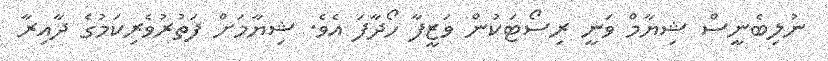
ނުލިބެނީސް ޝިޔާމް ވަނީ ރިސޯޓަކުން ވަޒީފާ ހޯދާފަ އެވެ. ޝިޔާމަށް ފަތުރުވެރިކަމުގެ ދާއިރާ